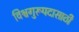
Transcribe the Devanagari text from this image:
विश्वगुरूपदासाठी